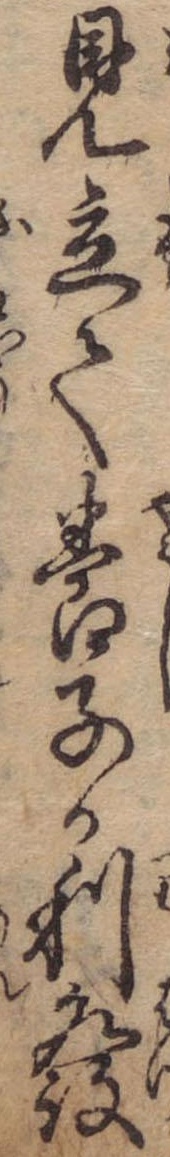
見立て養子か利発